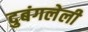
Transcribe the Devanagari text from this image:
दुबंगलेली